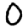
Digit: 0